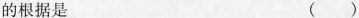
的根据是 ( )